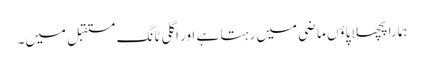
ہمارا پچھلا پاؤں ماضی میں رہتا ہے اور اگلی ٹانگ مستقبل میں۔